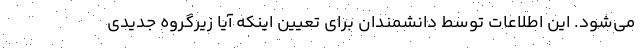
می‌شود. این اطلاعات توسط دانشمندان برای تعیین اینکه آیا زیرگروه جدیدی